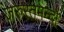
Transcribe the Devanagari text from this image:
जरुरतमन्दो